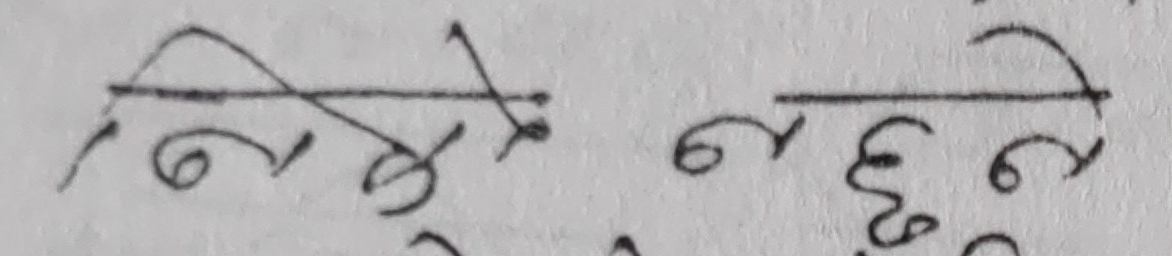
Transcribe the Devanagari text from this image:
निते ये नु छे ने